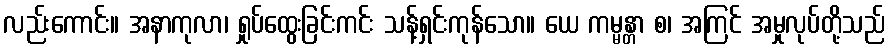
လည်းကောင်း။ အနာကုလာ၊ ရှုပ်ထွေးခြင်းကင်း သန့်ရှင်းကုန်သော။ ယေ ကမ္မန္တာ စ၊ အကြင် အမှုလုပ်တို့သည်